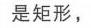
是矩形，